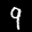
Label: 9